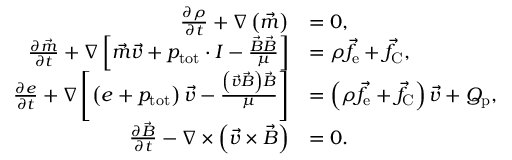
\begin{array} { r l } { \frac { \partial \rho } { \partial t } + \nabla \left( \vec { m } \right) } & { = 0 , } \\ { \frac { \partial \vec { m } } { \partial t } + \nabla \left[ \vec { m } \vec { v } + p _ { \mathrm { t o t } } \cdot I - \frac { \vec { B } \vec { B } } { \mu } \right] } & { = \rho \vec { f } _ { \mathrm { e } } + \vec { f } _ { \mathrm { C } } , } \\ { \frac { \partial e } { \partial t } + \nabla \left[ \left( e + p _ { \mathrm { t o t } } \right) \vec { v } - \frac { \left( \vec { v } \vec { B } \right) \vec { B } } { \mu } \right] } & { = \left( \rho \vec { f } _ { \mathrm { e } } + \vec { f } _ { \mathrm { C } } \right) \vec { v } + Q _ { \mathrm { p } } , } \\ { \frac { \partial \vec { B } } { \partial t } - \nabla \times \left( \vec { v } \times \vec { B } \right) } & { = 0 . } \end{array}